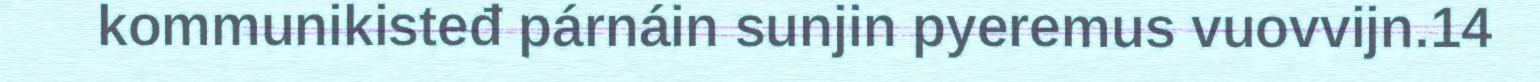
kommunikisteđ párnáin sunjin pyeremus vuovvijn.14